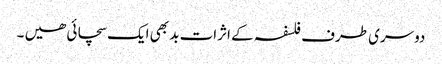
دوسری طرف فلسفہ کے اثرات بد بھی ایک سچائی ھیں ۔